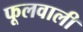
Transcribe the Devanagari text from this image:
फूलवाली